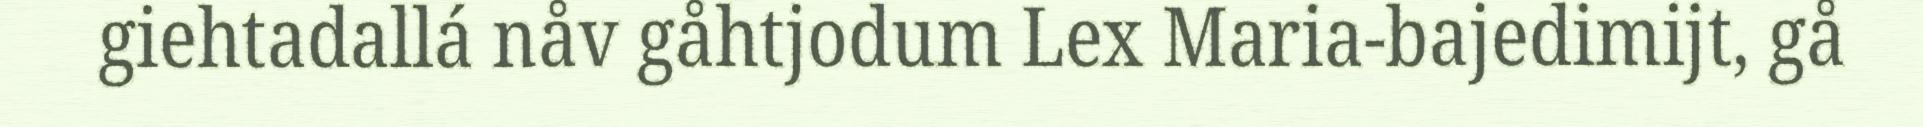
giehtadallá nåv gåhtjodum Lex Maria-bajedimijt, gå